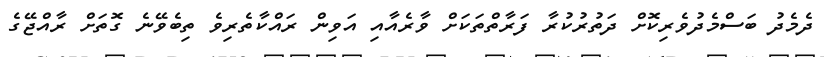
ދެމެދު ބަސްމެދުވެރިކޮށް ދަތުރުކުރާ ފަރާތްތަކަށް ވާރެއާއި އަވިން ރައްކާތެރިވެ ތިބެވޭނެ ގޮތަށް ރާއްޖޭގެ